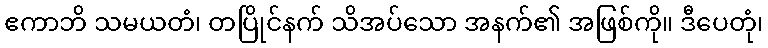
ဧကာဘိ သမယတံ၊ တပြိုင်နက် သိအပ်သော အနက်၏ အဖြစ်ကို။ ဒီပေတုံ၊